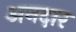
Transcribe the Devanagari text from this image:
अनदार